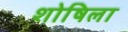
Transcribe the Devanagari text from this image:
शोषिला